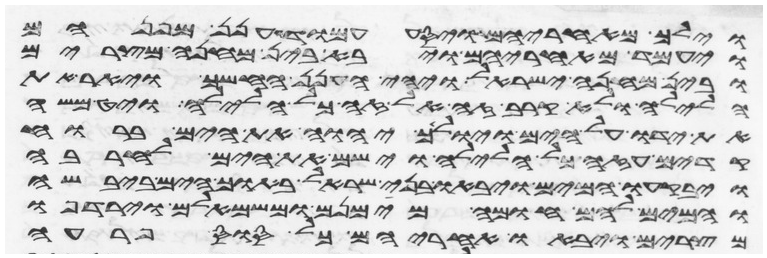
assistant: וילך מאחריהם ויסע עמוד הענן מפניהם
ויעמד מאחריהם ויבא בין מחנה מצרים
ובין מחנה ישראל ויהי הענן החשך ויאר את
הלילה ולא קרב זה אל זה כל הלילה ויט משה
את ידו על הים ויולך יהוה את הים ברוח
קדים עזה כל הלילה וישם את הים לחרבה
ויבקעו המים ויבאו בני ישראל בתוך הים ביבשה
והמים להם חומה מימינם ומשמאלם וירדפו
מצרים ויבאו אחריהם כל סוס פרעה